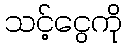
သင့်ငွေကို